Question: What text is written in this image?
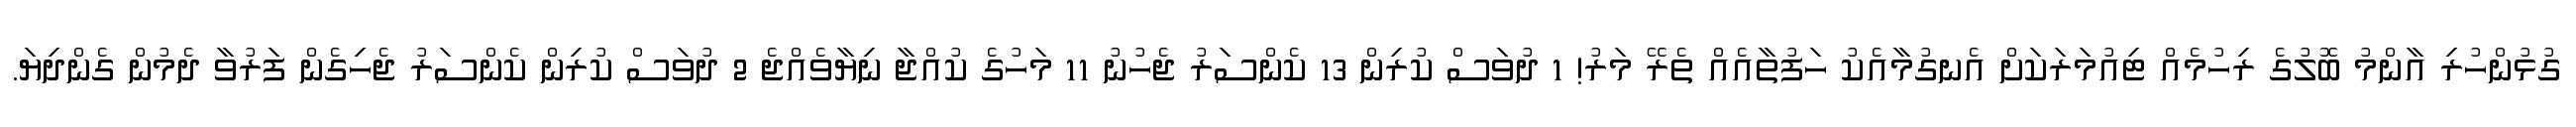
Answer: ގުޅުންހުރި އާންމު ބޮލުގެ ރިހުމެއް ޓިއުމަރަކަށް އެނގުމާއެކު ހަފުތާއެއް ތެރޭ މަރު! 1 ދުވަސް ކުރިން 13 ކެންސަރު ޖެހުނު 11 މަހުގެ ކުއްޖާ ނިޔާވެއްޖެ 2 ދުވަސް ކުރިން ކެންސަރު ޖެހިގެން ފަރުވާ ދެމުން ގެންދިޔަ.